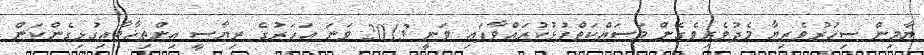
ޔާމިން ސިހުރުވެރިޔާ މެދުވެރިވެގެން މަސައްކަތްޕުޅުކުރައްވާފައި ވަނީ 2013 ވަނަ އަހަރުގެ ރިޔާސީ އިންތިޚާބާއިގުޅިގެންކަން